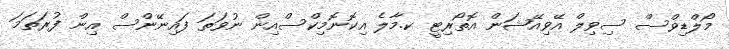
މޯލްޑިވްސް ސިވިލް އޭވިއޭޝަން އޮތޯރިޓީ ކ.މާލެ އިކޮނޮމިކްސްއިން ނުވަތަ ފައިނޭންސް އިން ފުރަތަމަ